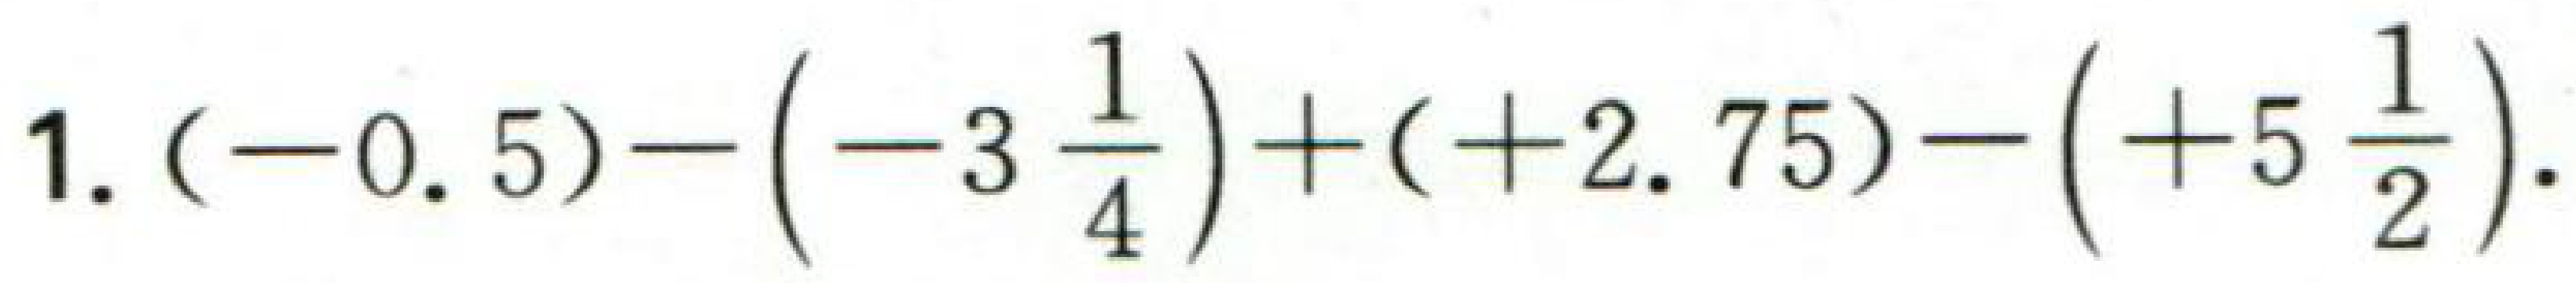
1. \((-0.5)-\left(-3\dfrac{1}{4}\right)+( + 2.75)-\left(+5\dfrac{1}{2}\right).\)